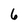
Character: 6